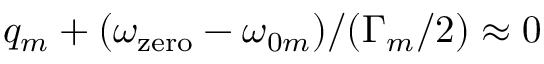
q _ { m } + ( \omega _ { \mathrm { z e r o } } - \omega _ { 0 m } ) / ( \Gamma _ { m } / 2 ) \approx 0